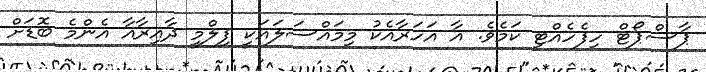
ޕާސްޕޯޓް ހިފެހެއްޓި ކަމެވެ. އާ އަހަރާއެކު މިމައްސަލައަކީ ފިލްމީ ދާއިރާއާ އެންމެ ބޮޑަށް